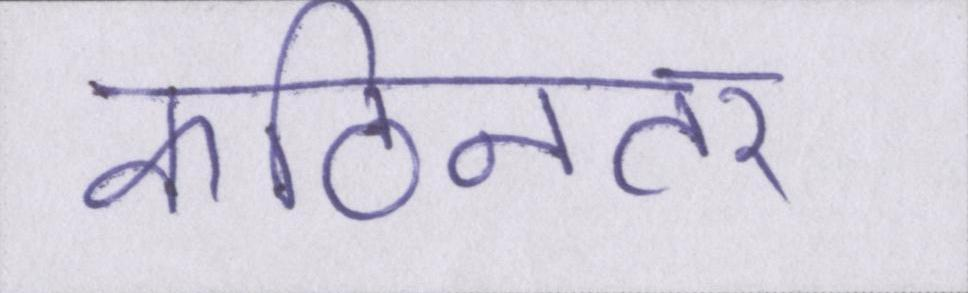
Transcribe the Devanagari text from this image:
कठिनतर